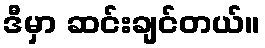
ဒီမှာ ဆင်းချင်တယ်။